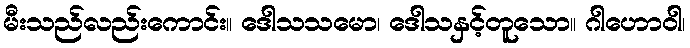
မီးသည်လည်းကောင်း။ ဒေါသသမော၊ ဒေါသနှင့်တူသော။ ဂါဟောဝါ၊